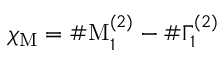
\chi _ { \mathrm { M } } = \# \mathrm { M } _ { 1 } ^ { ( 2 ) } - \# \Gamma _ { 1 } ^ { ( 2 ) }